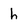
Character: h